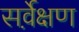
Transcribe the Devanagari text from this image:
सर्वे़क्षण